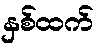
နှစ်ထက်